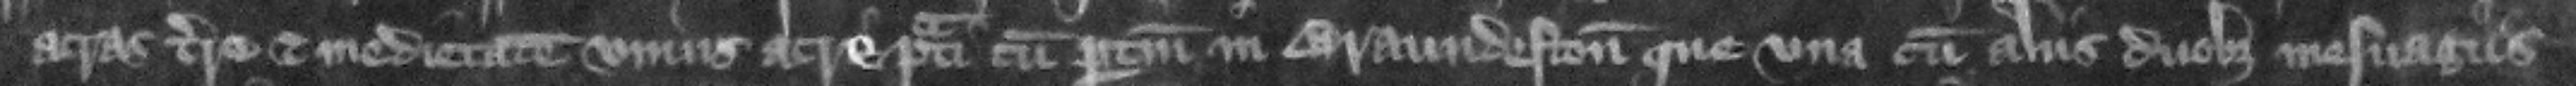
acras terre et medietatem vnius acre prati cum pertinencis in Braundeston que vna cum alis duobus mesuagis